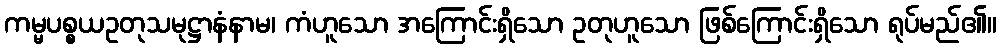
ကမ္မပစ္စယဥတုသမုဋ္ဌာနံနာမ၊ ကံဟူသော အကြောင်းရှိသော ဥတုဟူသော ဖြစ်ကြောင်းရှိသော ရုပ်မည်၏။